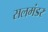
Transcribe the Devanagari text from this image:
सलमंडर